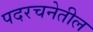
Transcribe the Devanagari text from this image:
पदरचनेतील